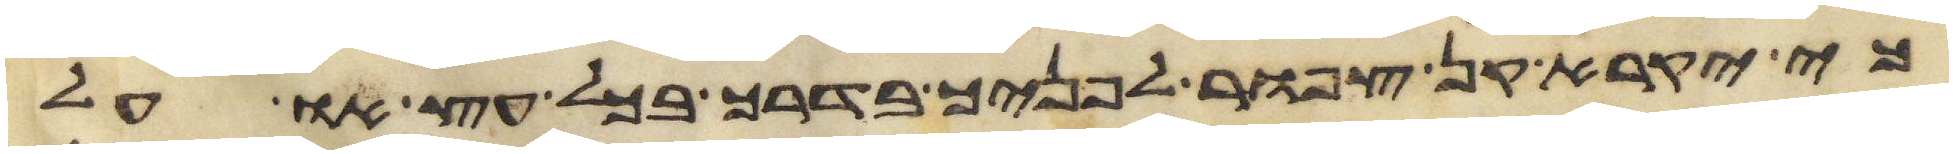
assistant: כי יקרא קן צפור לפניך בדרך בכל עץ או על